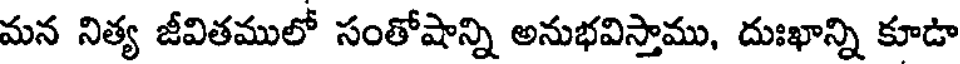
మన నిత్య జీవితములో సంతోషాన్ని అనుభవిస్తాము, దుఃఖాన్ని కూడా